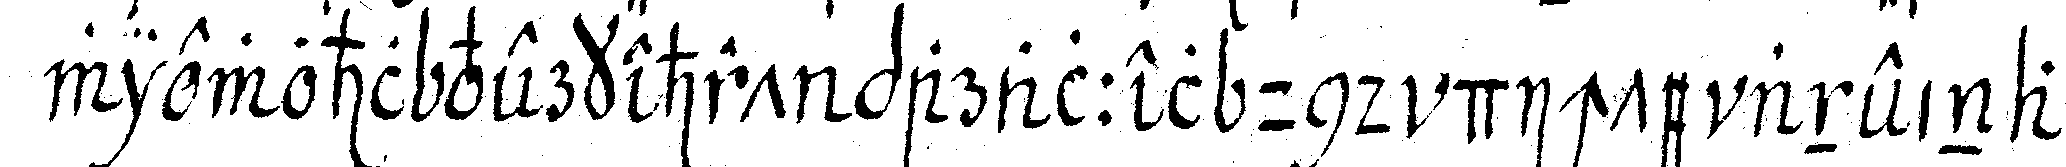
wiewohl verkehrt parallel und dichte aneinan